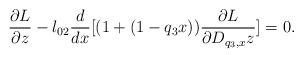
LaTeX: \begin{align*}\frac{\partial L}{\partial z}-l_{02}\frac{d}{dx}[(1+(1-q_{3}x))\frac{\partial L}{\partial D_{q_{3},x}z}]=0.\end{align*}